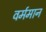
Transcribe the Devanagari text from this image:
वर्ममान